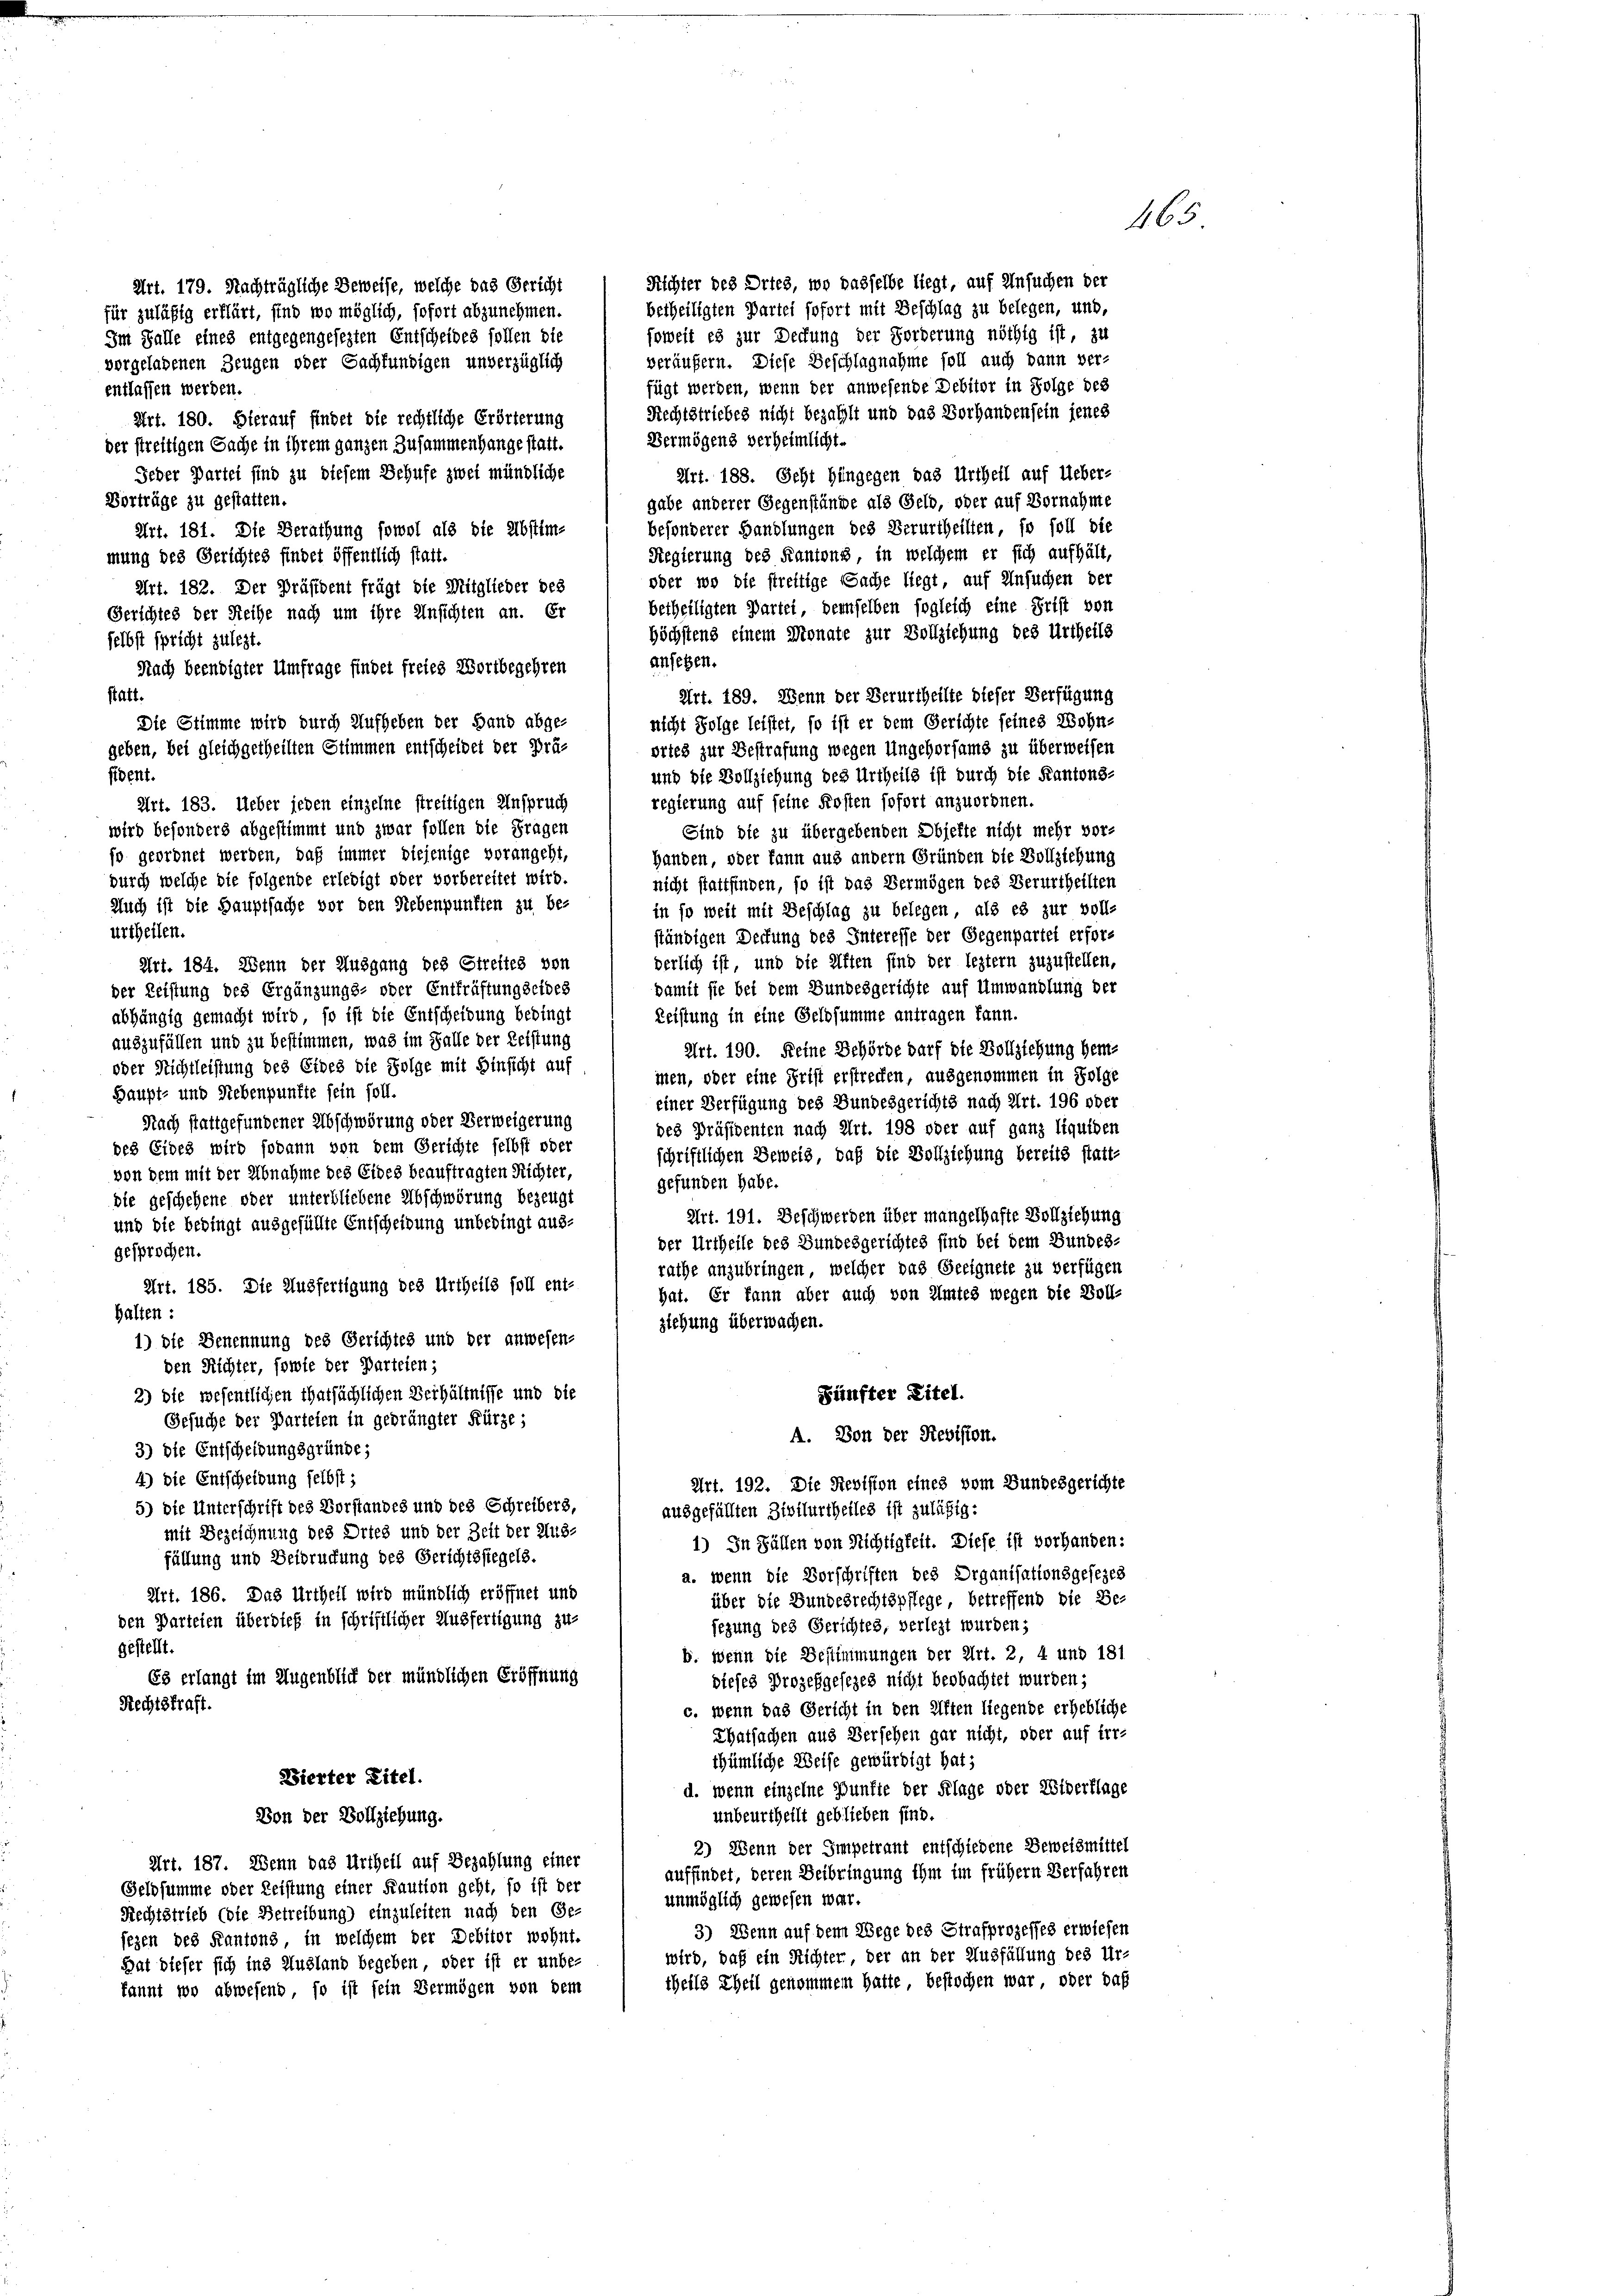
für zuläßig erklärt, sind wo möglich, sofort abzunehmen.
Im Falle eines entgegengesezten Entscheides sollen die
vorgeladenen Zeugen oder Sachfündigen unverzüglich
entlassen werden.
Art. 180. Hierauf findet die rechtliche Erörterung
Vermögens verheimlicht.
der streitigen Sache in ihrem ganzen Zusammenhange statt.
Jeder Partei sind zu diesem Behufe zwei mündliche
Art. 188. Seht hingegen das Urtheil auf Ueber-
Vorträge zu gestatten.
gabe anderer Gegenstände als Geld, oder auf Vornahme
besonderer Handlungen des Verurtheilten, so soll die
Art. 181. Die Berathung sowol als die Abstim-
Regierung des Kantons, in welchem er sich aufhält,
mung des Gerichtes findet öffentlich statt.
oder wo die streitige Sache liegt, auf Ansuchen der
betheiligten Partei, demselben sogleich eine Frist von
Gerichtes der Reihe nach um ihre Unsichten an. Er
höchstens einem Monate zur Vollziehung des Urtheils
selbst spricht zulezt.
ansehen.
Art. 189. Wenn der Verurtheilte dieser Verfügung
Statt.
Die Stimme wird durch Aufheben der Hand abge-
nicht Folge leistet, so ist er dem Gerichte feines Wohn-
geben, bei gleichgetheilten Stimmen entscheidet der Prä-
ortes zur Bestrafung wegen Ungehorsams zu überweisen
und die Vollziehung des Urtheils ist durch die Kantons-
sident.
regierung auf seine Kosten sofort anzuordnen.
Sind die zu übergebenden Objekte nicht mehr vor-
Handen, oder kann aus andern Gründen die Vollziehung
nicht stattfinden, so ist das Vermögen des Verurtheilten
in so weit mit Beschlag zu belegen, als es zur voll-
urtheilen.
ständigen Deckung des Interesse der Gegenpartei erfors
derlich ist, und die Alften sind der leztern zuzustellen,
damit sie bei dem Bundesgerichte auf Umwandlung der
abhängig gemacht wird, so ist die Entscheidung bedingt
Leistung in eine Geldsumme antragen kann.
auszufüllen und zu bestimmen, was im Falle der Leistung
Art. 190. Keine Behörde darf die Vollziehung her-
oder Richtleistung des Eides die Folge mit Hinsicht auf
men, oder eine Frist erstrecken, ausgenommen in Folge
Haupt- und Rebenpunkte sein soll.
einer Verfügung des Bundesgerichts nach Art. 196 oder
Nach stattgefundener Abschwörung oder Verweigerung
des Präsidenten nach Art. 198 oder auf ganz liquiden
des Eides wird sodann von dem Gerichte selbst oder
schriftlichen Beweis, daß die Vollziehung bereits statt-
von dem mit der Abnahme des Eides beauftragten Richter,
gefunden habe.
die geschehene oder unterbliebene Abschwörung bezeugt
Art. 191. Beschwerden über mangelhafte Vollziehung
und die bedingt ausgefüllte Entscheidung unbedingt aus-
der Urtheile des Bundesgerichtes sind bei dem Bundes-
gesprochen.
rathe anzubringen, welcher das Geeignete zu verfügen
Art. 185. Die Ausfertigung des Urtheils soll ent-
hat. Er kann aber auch von Amtes wegen die Voll-
halten:
ziehung überwachen.
1) die Benennung des Gerichtes und der anwesen-
den Richter, sowie der Parteien;
2) die wesentlichen Thatsächlichen Verhältnisse und die
Zünfter Titel.
Gesuche der Parteien in gedrängter Kürze;
A. Von der Revision.
3) die Entscheidungsgründe;
4) Die Entscheidung selbst;
Art. 192. Die Revision eines vom Bundesgerichte
5) Die Unterschrift des Vorstandes und des Schreibers,
ausgefällten Zivilurtheiles ist zuläßig:
mit Bezeichnung des Ortes und der Zeit der Aus-
1) In Fällen von Nichtigkeit. Diese ist vorhanden:
füllung und Beibruchung des Gerichtsstegels.
a. wenn die Vorschriften des Organisationsgesezes
Art. 186. Das Urtheil wird mündlich eröffnet und
über die Bundesrechtspflege, betreffend die Be-
den Parteien überdieß in schriftlicher Ausfertigung zu-
sezung des Gerichtes, verlegt wurden;
gestellt.
b. Wenn die Bestimmungen der Art. 2, 4 und 181
Es erlangt im Augenblich der mündlichen Eröffnung
dieses Prozeßgesezes nicht beobachtet wurden;
Rechtskraft.
c. wenn das Gericht in den Aften liegende erhebliche
Thatsachen aus Versehen gar nicht, oder auf irr-
thümliche Weise gewürdigt hat i
Bierter Eitel.
d. wenn einzelne Punkte der Klage oder Widerflage
unbeurtheilt geblieben sind.
Von der Vollziehung.
2) Wenn der Impetrant entschiedene Beweismittel
Art. 187. Wenn das Urtheil auf Bezahlung einer
auffindet, deren Beibringung ihm im früher Verfahren
Geldsumme oder Leistung einer Kaution geht, so ist der
unmöglich gewesen war.
Rechtstrieb (die Betreibung) einzuleiten nach den Ge-
3) Wenn auf denn Wege des Strafprozesses erwiesen
sezen des Kantons, in welchem der Debitor wohnt.
wird, daß ein Richter, der an der Ausfüllung des Ur-
Hat dieser sich ins Ausland begeben, oder ist er unbe-
theils Theil genommen hatte bestochen war, oder das
kannt wo abwesend, so ist sein Vermögen von dem

Art. 183. Ueber jeden einzelne streitigen Anspruch
wird besonders abgestimmt und zwar sollen die Fragen
so geordnet werden, daß immer diejenige vorangeht,
durch welche die folgende erledigt oder vorbereitet wird.
Auch ist die Hauptsache vor den Rebenpunkten zu be¬

Art. 179. Nachträgliche Beweise, welche das Gericht
Art. 182. Der Präsident frägt die Mitglieder bes
Nach beendigter Umfrage findet freies Wortbegehren

Art. 184. Wenn der Ausgang des Streites von
der Leistung des Ergänzungs- oder Entfräftungseides

Richter des Ortes, wo dasselbe liegt, auf Ansuchen der
betheiligten Partei sofort mit Beschlag zu belegen, und,
soweit es zur Deckung der Forderung nöthig ist, zu
veräußern. Diese Beschlagnahme soll auch dann ver-
fügt werden, wenn der anwesende Debitor in Folge des
Rechtstriebes nicht bezahlt und das Vorhanden sein jenes

465